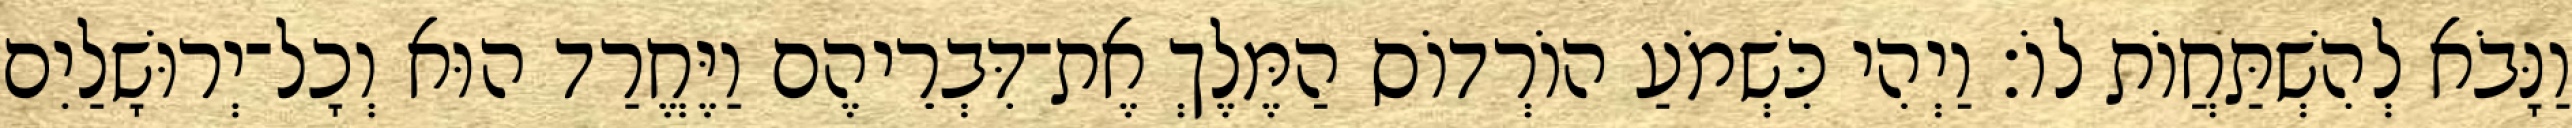
וַנָּבֹא לְהִשְׁתַּחֲוֹת לוֹ׃ וַיְהִי כִּשְׁמֹעַ הוֹרְדוֹס הַמֶּלֶךְ אֶת־דִּבְרֵיהֶם וַיֶּחֱרַד הוּא וְכָל־יְרוּשָׁלַיִם